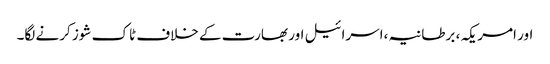
اور امریکہ ، برطانیہ ،اسرائیل اور بھارت کے خلاف ٹاک شوز کرنے لگا۔